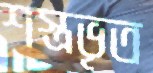
শস্ত্রভৃত